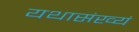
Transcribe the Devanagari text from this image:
यथासंख्यं